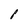
Character: 8